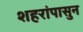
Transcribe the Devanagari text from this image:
शहरांपासुन